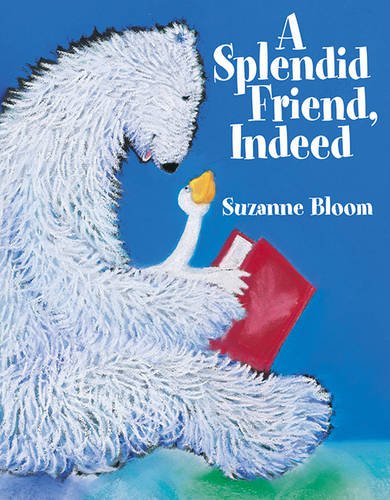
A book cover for A Splendid Friend, Indeed (Goose and Bear stories); Suzanne Bloom; Children's Books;